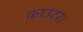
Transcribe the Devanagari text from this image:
काउंटर।